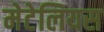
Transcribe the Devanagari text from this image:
मेटेलियस